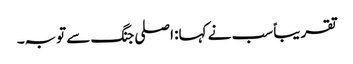
تقریباً سب نے کہا: اصلی جنگ سے توبہ۔